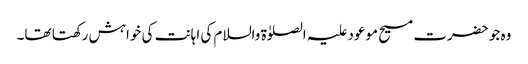
وہ جو حضرت مسیح موعود علیہ الصلوٰۃ والسلام کی اہانت کی خواہش رکھتا تھا۔